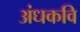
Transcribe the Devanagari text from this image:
अंधकवि